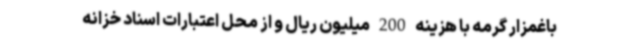
باغمزار گرمه با هزینه 200 میلیون ریال و از محل اعتبارات اسناد خزانه